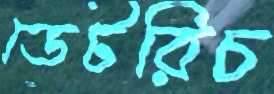
ডেটরিচ